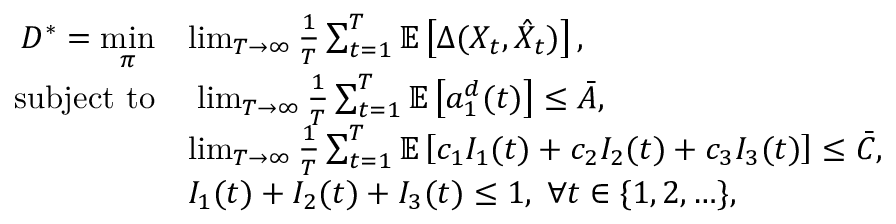
\begin{array} { r l } { D ^ { * } = \underset { \pi } { \mathrm { m i n } } } & { \operatorname* { l i m } _ { T \rightarrow \infty } \frac { 1 } { T } \sum _ { t = 1 } ^ { T } \mathbb { E } \left[ \Delta ( X _ { t } , \hat { X } _ { t } ) \right] , } \\ { \mathrm { s u b j e c t ~ t o } } & { \; \operatorname* { l i m } _ { T \rightarrow \infty } \frac { 1 } { T } \sum _ { t = 1 } ^ { T } \mathbb { E } \left[ a _ { 1 } ^ { d } ( t ) \right] \leq \bar { A } , } \\ & { \operatorname* { l i m } _ { T \rightarrow \infty } \frac { 1 } { T } \sum _ { t = 1 } ^ { T } \mathbb { E } \left[ c _ { 1 } I _ { 1 } ( t ) + c _ { 2 } I _ { 2 } ( t ) + c _ { 3 } I _ { 3 } ( t ) \right] \leq \bar { C } , } \\ & { I _ { 1 } ( t ) + I _ { 2 } ( t ) + I _ { 3 } ( t ) \leq 1 , \; \forall t \in \{ 1 , 2 , \ldots \} , } \end{array}